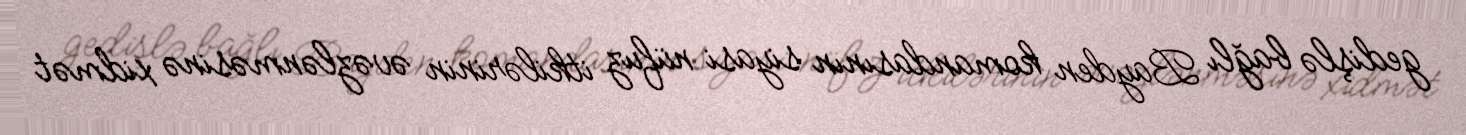
gedişlə bağlı Bayden komandasının siyasi nüfuz itkilərinin əvəzlənməsinə xidmət